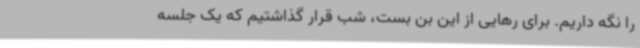
را نگه داریم. برای رهایی از این بن بست، شب قرار گذاشتیم که یک جلسه